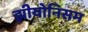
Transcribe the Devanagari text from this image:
झीयोनिसम